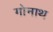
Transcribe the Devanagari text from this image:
गोनाथ